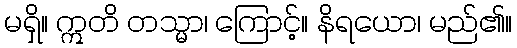
မရှိ။ ဣတိ တသ္မာ၊ ကြောင့်။ နိရယော၊ မည်၏။